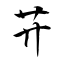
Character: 茾